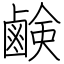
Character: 鹸